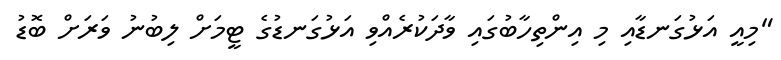
"މިއީ އަޅުގަނޑާއި މި އިންތިހާބުގައި ވާދަކުރެއްވި އަޅުގަނޑުގެ ޓީމަށް ލިބުނު ވަރަށް ބޮޑު